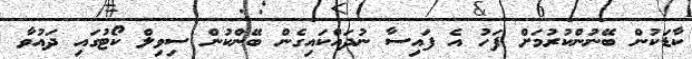
ކާޑަކުން ބޭނުންކުރުމަށް ފަހު އެ ފައިސާ ނުދައްކައިގެން ބޭންކުން ސިވިލް ކޯޓުގައި ދައުވާ